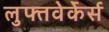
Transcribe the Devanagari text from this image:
लुफ्तवेर्केर्स